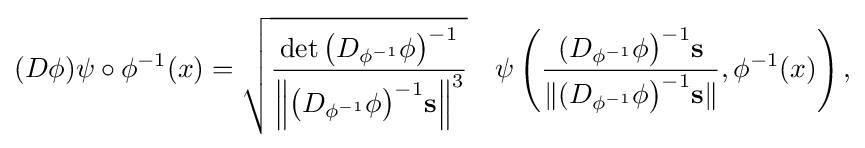
{\begin{aligned}(D\phi )\psi \circ \phi ^{-1}(x)={\sqrt {\frac {\det {{\bigl (}D_{\phi ^{-1}}\phi {\bigr )}^{-1}}}{\left\|{{\bigl (}D_{\phi ^{-1}}\phi {\bigr )}^{-1}}{\bf {s}}\right\|^{3}}}}\quad \psi \left({\frac {(D_{\phi ^{-1}}\phi {\bigr )}^{-1}{\bf {s}}}{\|(D_{\phi ^{-1}}\phi {\bigr )}^{-1}{\bf {s}}\|}},\phi ^{-1}(x)\right),\end{aligned}}